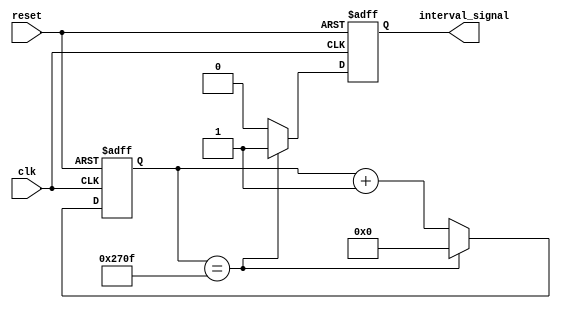
module interval_timer (
    input wire clk,
    input wire reset,
    output reg interval_signal
);

reg [15:0] count;

always @(posedge clk or posedge reset) begin
    if (reset) begin
        count <= 16'b0;
        interval_signal <= 1'b0;
    end else begin
        if (count == 16'd9999) begin
            interval_signal <= 1'b1;
            count <= 16'b0;
        end else begin
            count <= count + 1;
            interval_signal <= 1'b0;
        end
    end
end

endmodule